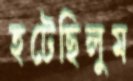
হটেছিলুম